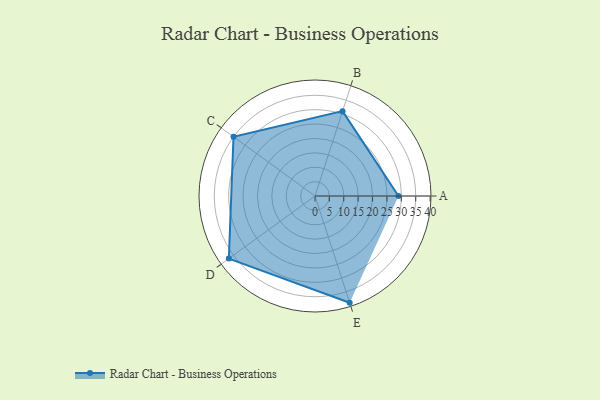
{"axis": {"x": "Skill", "y": "Score"}, "legend": ["Profile"], "data": [{"x": "A", "y": 29.0, "type": "Profile"}, {"x": "B", "y": 31.0, "type": "Profile"}, {"x": "C", "y": 35.0, "type": "Profile"}, {"x": "D", "y": 37.0, "type": "Profile"}, {"x": "E", "y": 39.0, "type": "Profile"}]}